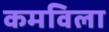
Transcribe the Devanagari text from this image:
कमविला